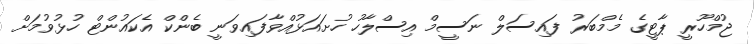
ޖުމްހޫރީ ޕާޓީގެ މެމްބަރު ފައިސަލް ނަސީމް އިސްލާހު ހުށައަޅުއްވާފައިވަނީ ބެންކް އެކައުންޓް ހުޅުވުމަށް